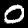
Label: 0